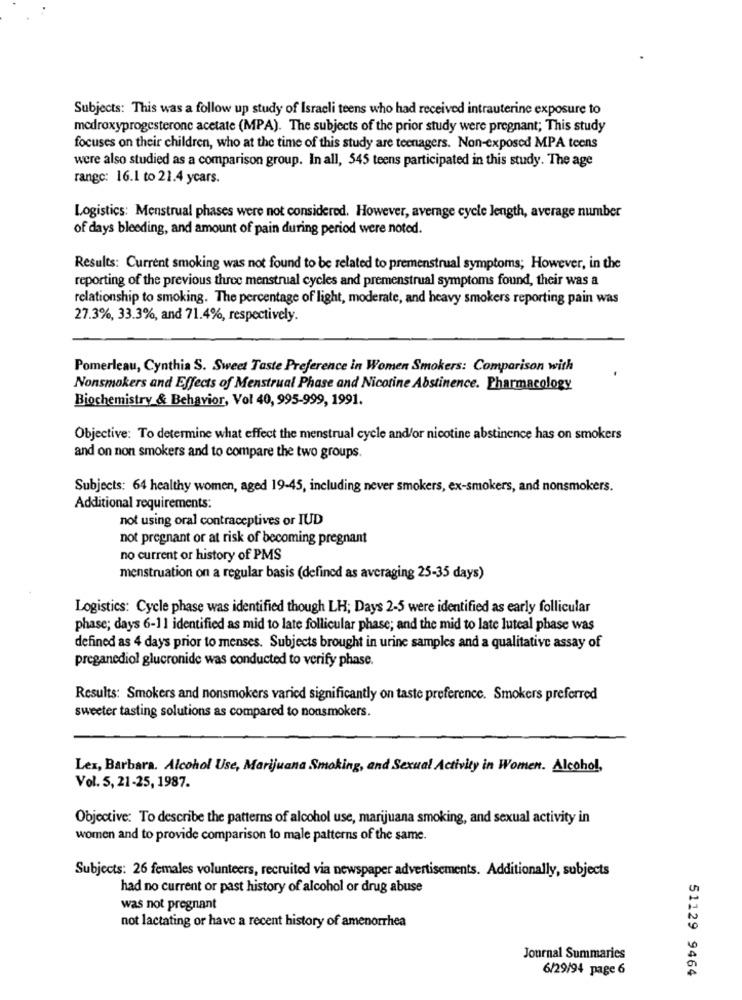
Subjects: This was a follow up study of Israeli teens who had received intrauterine exposure to
medroxyprogesterone acetate (MPA). The subjects of the prior study were pregnant; This study
focuses on their children, who at the time of this study are teenagers. Non-exposed MPA teens
were also studied as a comparison group. In all, 545 teens participated in this study. The age
range: 16.1 to 21.4 ycars.
Logistics: Menstrual phases were not considered. However, average cycle length, average number
of days bleeding, and amount of pain during period were noted.
Results: Current smoking was not found to be related to premenstrual symptoms; However, in the
reporting of the previous three menstrual cycles and premenstrual symptoms found, their was a
relationship to smoking. The percentage of light, moderate, and heavy smokers reporting pain was
27.3%, 33.3%, and 71.4%, respectively.
Pomerleau, Cynthia S. Sweet Taste Preference in Women Smokers: Comparison with
Nonsmokers and Effects of Menstrual Phase and Nicotine Abstinence. Pharmacology
Biochemistry & Behavior, Vol 40, 995-999, 1991.
Objective: To determine what effect the menstrual cycle and/or nicotine abstinence has on smokers
and on non smokers and to compare the two groups.
Subjects: 64 healthy women, aged 19-45, including never smokers, ex-smokers, and nonsmokers.
Additional requirements:
not using oral contraceptives or IUD
not pregnant or at risk of becoming pregnant
no current or history of PMS
menstruation on a regular basis (defined as averaging 25-35 days)
Logistics: Cycle phase was identified though LH; Days 2-5 were identified as early follicular
phase; days 6-11 identified as mid to late follicular phase; and the mid to late luteal phase was
defined as 4 days prior to menses. Subjects brought in urine samples and a qualitative assay of
preganediol glucronide was conducted to verify phase.
Results: Smokers and nonsmokers varied significantly on taste preference. Smokers preferred
sweeter tasting solutions as compared to nonsmokers.
Lex, Barbara. Alcohol Use, Marijuana Smoking, and Sexual Activity in Women. Alcohol,
Vol. 5, 21-25, 1987.
Objective: To describe the patterns of alcohol use, marijuana smoking, and sexual activity in
women and to provide comparison to male patterns of the same.
Subjects: 26 females volunteers, recruited via newspaper advertisements. Additionally, subjects
had no current or past history of alcohol or drug abuse
was not pregnant
not lactating or have a recent history of amenorrhea
Journal Summaries
6/29/94 page 6
51129 9464